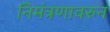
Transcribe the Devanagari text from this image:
निमंत्रणावरुन